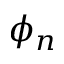
\phi _ { n }